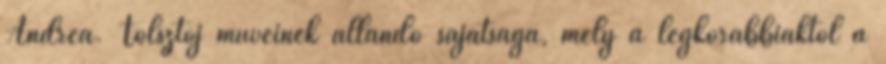
Andrea. Tolsztoj műveinek állandó sajátsága, mely a legkorábbiaktól a